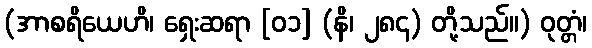
(အာစရိယေဟိ၊ ရှေးဆရာ [၀၁] (နိ၊ ၂၈၄) တို့သည်။) ဝုတ္တံ၊